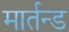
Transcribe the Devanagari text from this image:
मार्तन्ड